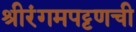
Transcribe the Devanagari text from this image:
श्रीरंगमपट्टणची